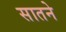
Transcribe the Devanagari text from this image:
सातने